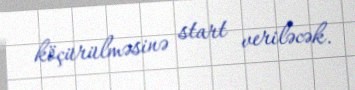
köçürülməsinə start veriləcək.